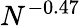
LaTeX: N^{-0.47}